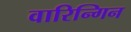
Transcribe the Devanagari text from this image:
वारिन्गिन